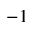
^ { - 1 }